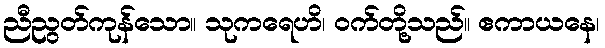
ညီညွတ်ကုန်သော။ သုကရေဟိ၊ ဝက်တို့သည်။ ဧကာယနေ၊